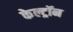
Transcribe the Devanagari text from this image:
केल्ट्रॉन